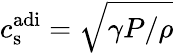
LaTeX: c_{\mathrm{s}}^{\mathrm{adi}}=\sqrt{\gamma P/\rho}